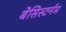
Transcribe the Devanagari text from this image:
बेसिस्टर्नम